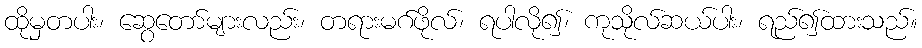
ထိုမှတပါး၊ ဆွေတော်များလည်း၊ တရားမဂ်ဖိုလ်၊ ရပါလို၍၊ ကုသိုလ်ဆယ်ပါး၊ ရည်၍ထားသည်။